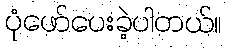
ပုံဖော်ပေးခဲ့ပါတယ်။